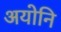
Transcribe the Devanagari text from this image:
अयोनि